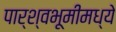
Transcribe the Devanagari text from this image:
पार्श्वभूमीमध्ये